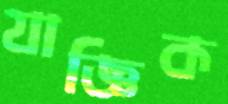
যাজ্ঞিক